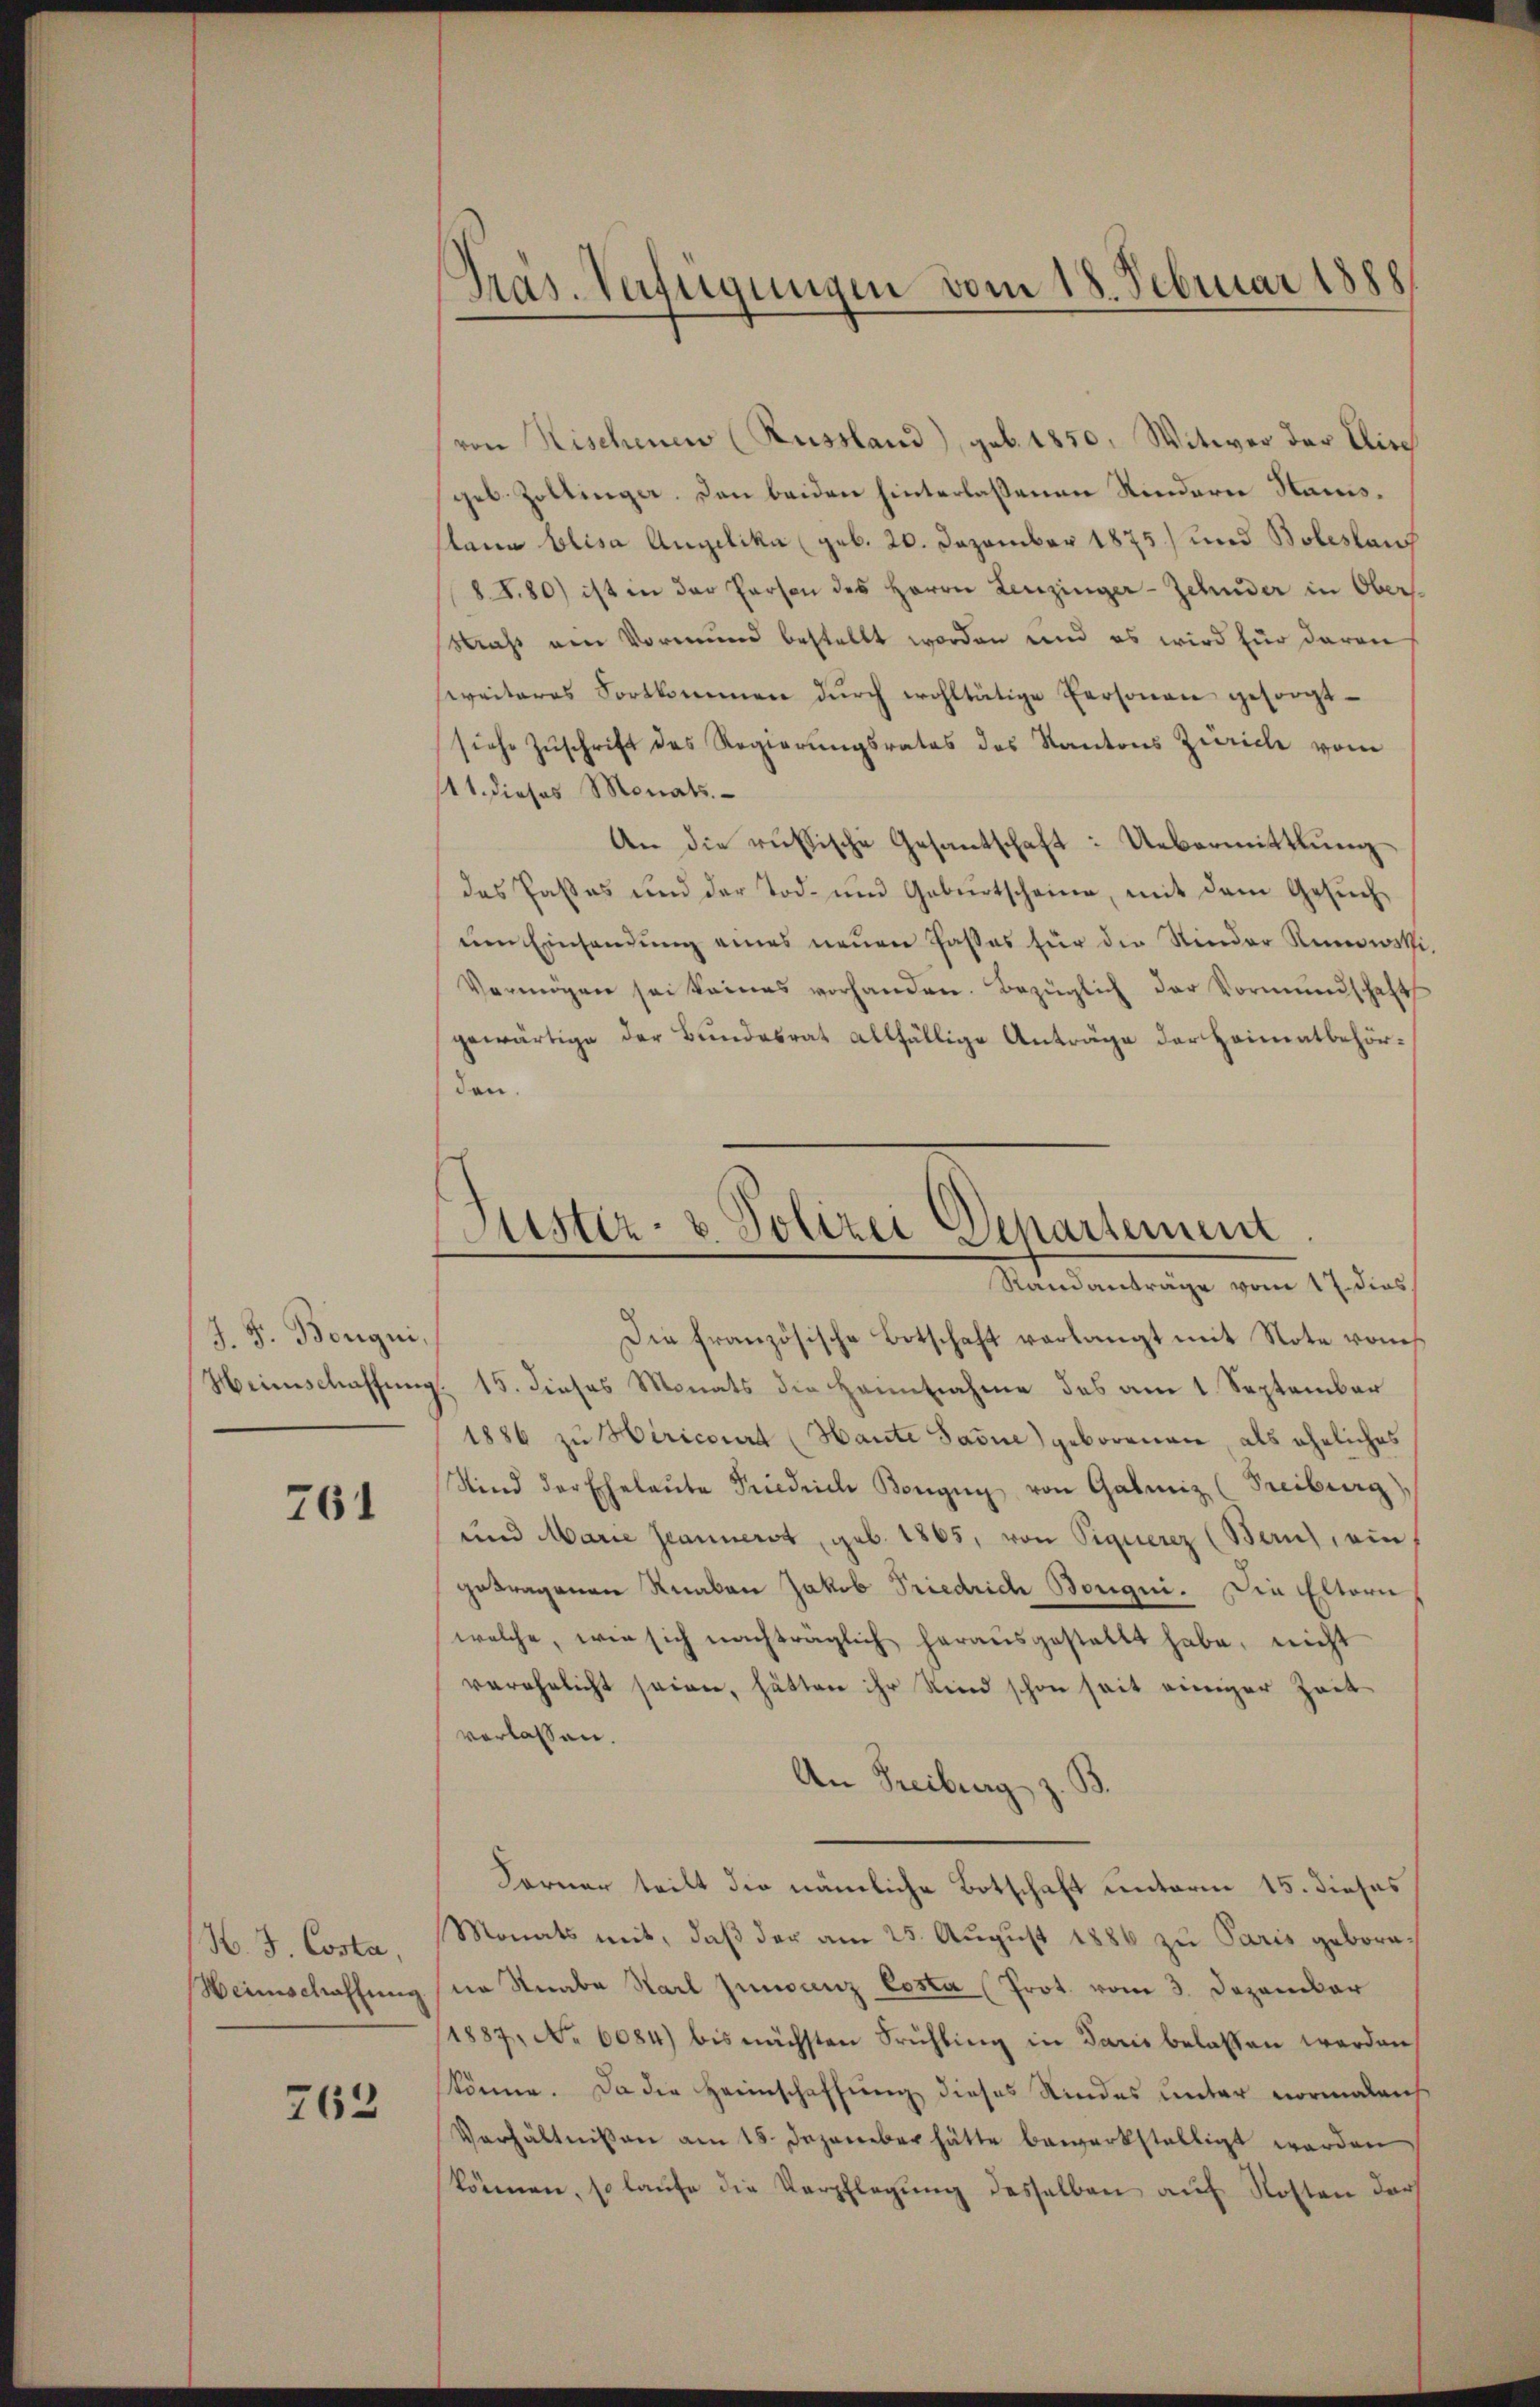
J. F. Bongni
Weinschaffung

761

H.3 Costa,
Heimschaffung.

762

Präs. Verfügungen vom 18. Februar 1888

von Nischenen (Russland), geb. 1850, Witwer der Dire
geb. Zollinge. Den beiden hinterlaßenen Rindere Hans¬
Plana Elisa Angelika (geb. 20. Dezember 1875) und Boleslauf
88.80) ist in der Person des Herrn Leuzinger-Zehnder in Ober¬
Straß am Vormund bestellt worden und es wird für daran
sweiteres Fortkommen dŭrch wohltätige Personen gesorgt
siehe Zuschrift des Regierungsrates des Kantons Zürich von
11. dieses Monats
An die russische Gesantschaft: Uebermittlungdas Paßes und der Tod. und Geburtscheine, mit dem Gesuch
ŭm Einhandŭng eines neŭen Passes für die Rinder Rinowski.
Vermögen sei keines vorhanden. Bezüglich der Vormŭndschaft
gewärtige der Bundesrat allfällige Anträge der Heimatbehörden.
Die Französische Botschaft verlangt mit Note von
15. dieses Monats die Hantnahme des am 1 September
1886 zu Hiricourt (Haute Savue) geborenen als eheliches
Sind der Ehelaŭte Friedrich Kongig von Gatmiz (Freiburg),
und Marie Gemunerst, geb. 1865, von Signerez (Bern, ein
getragenen Knaben Jakob Friedrich Bougui. Die Eltern
welche, wie sich nachträglich herausgestellt habe, nicht
verehelicht seien, hätten ihr Kind schon seit einiger Zeit
verlassen.
An Freiburg z. B.
Ferner teilt die nämliche Botschaft unterm 15. dieses
Monats mit, daß der am 25. August 1886 zu Paris geborn-
nn Knabe Karl Junvanz Costa (Prot. vom 3. Dezember
1887, No 6084) bis nächsten Frühling in Paris belassen werden,
könne. Da die Heimschaffung dieses Kindes unter normaleich
Verhältnißen am 15. Dezember hätte bewerkstelligt werden
können, so laufe die Verpflegung desselben auf Kosten dar

Justiz- & Polizei Departement
Mandentrage vom 17. durch